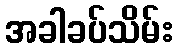
အခါခပ်သိမ်း